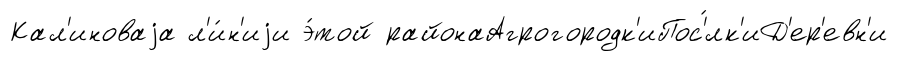
Кал'иноваjа л'и́н'иjи э́той районаАгрогородк'иПос'́лк'иД'ер'евн'и